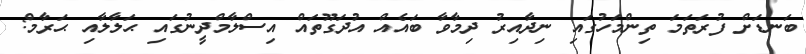
ބަނޑަށް ފުރަތަމަ ތިންމަހުގައި ނިދާއިރު ދިމާވާ ބައެއް އުދަގޫތައް އިސްލާމްދީނުގައި ޙަލާލާއި ޙަރާމް: